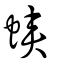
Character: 蛺